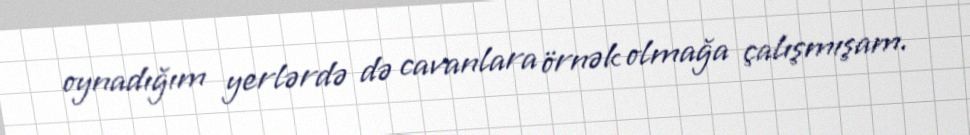
oynadığım yerlərdə də cavanlara örnək olmağa çalışmışam.